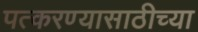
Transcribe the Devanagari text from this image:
पत्करण्यासाठीच्या